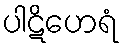
ပါဋိဟေရံ